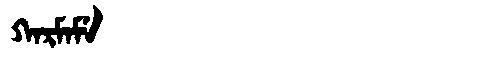
Manchu: ᡴᠠᡵᠮᠠᠮᡝ
Romanization: KARMAME